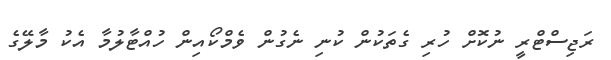
ރަޖިސްޓްރީ ނުކޮށް ހުރި ގެތަކުން ކުނި ނެގުން ވެމްކޯއިން ހުއްޓާލުމާ އެކު މާލޭގެ